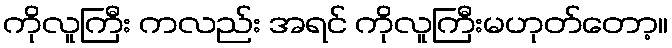
ကိုလူကြီး ကလည်း အရင် ကိုလူကြီးမဟုတ်တော့။